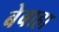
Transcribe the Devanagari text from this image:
बेबाहा